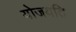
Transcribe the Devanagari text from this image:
योजयति